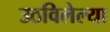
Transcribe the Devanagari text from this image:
उठविलेल्या